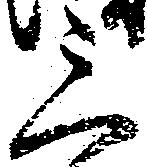
三